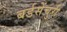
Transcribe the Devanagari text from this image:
बर्डसेंचुरी